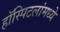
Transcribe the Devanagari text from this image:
हॉस्पिटलांमध्ये